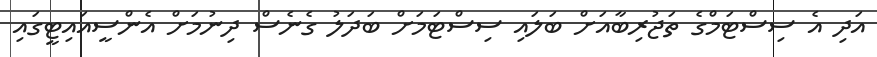
އަދި އެ ސިސްޓަމްގެ ތަޖުރިބާއަށް ބަލައި ސިސްޓަމަށް ބަދަލު ގެނެސް ދިނުމަށް އެންސީއައިޓީގައި